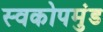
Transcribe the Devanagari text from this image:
स्वकोपमुंड